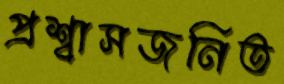
প্রশ্বাসজনিত